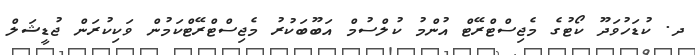
ދ. ކުޑަހުވަދޫ ކޯޓުގެ މެޖިސްޓްރޭޓް އުންމު ކުލްސުމް އަބޫބަކުރު މެޖިސްޓްރޭޓްކަމުން ވަކިކުރަން ޖުޑީޝަލް